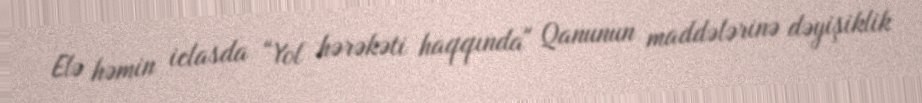
Elə həmin iclasda “Yol hərəkəti haqqında" Qanunun maddələrinə dəyişiklik